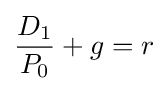
{\frac {D_{1}}{P_{0}}}+g=r